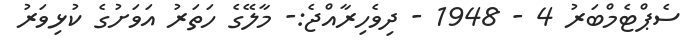
ސެޕްޓެމްބަރު 4 - 1948 - ދިވެހިރާއްޖެ:- މާލޭގެ ހަތަރު އަވަށުގެ ކުޅިވަރު